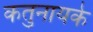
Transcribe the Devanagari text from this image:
कतुनायके